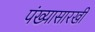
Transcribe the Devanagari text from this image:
पंख्यासारखी